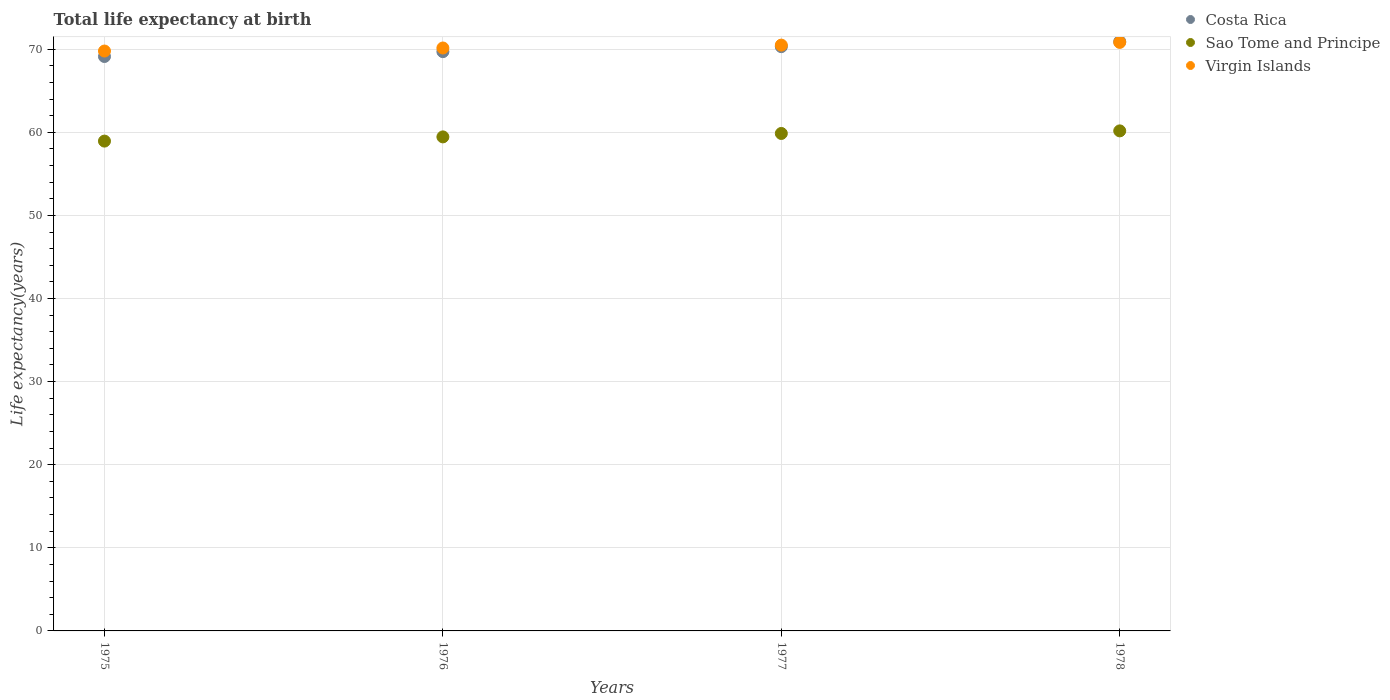
| Years | Costa Rica | Sao Tome and Principe | Virgin Islands |
 | --- | --- | --- | --- |
 | 1975 | 69.1 | 58.9 | 69.8 |
 | 1976 | 69.7 | 59.4 | 70.1 |
 | 1977 | 70.3 | 59.9 | 70.5 |
 | 1978 | 70.9 | 60.2 | 70.8 |